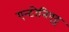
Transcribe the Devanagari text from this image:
एन्टोनिएट्ट